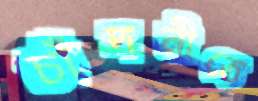
চাঁদনীতে